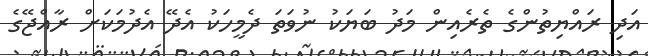
އަދި ރައްޔިތުންގެ ތެރެއިން މަދު ބަޔަކު ނުވަތަ ދެމީހަކު އެދޭ އެދުމަކަށް ރާއްޖޭގެ